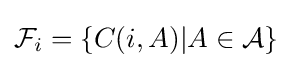
{\mathcal {F}}_{i}=\{C(i,A)|A\in {\mathcal {A}}\}